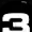
Digit: 3